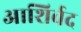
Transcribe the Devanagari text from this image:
आशिर्वद